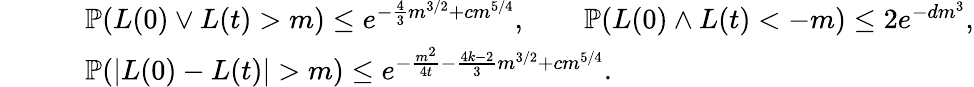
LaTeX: \begin{array}{rl}&{\mathbb{P}(L(0)\vee L(t)>m)\le e^{-\frac{4}{3}m^{3/2}+cm^{5/4}},\qquad\mathbb{P}(L(0)\wedge L(t)<-m)\le 2e^{-dm^{3}},}\\ {\qquad}&{\mathbb{P}(|L(0)-L(t)|>m)\le e^{-\frac{m^{2}}{4t}-\frac{4k-2}{3}m^{3/2}+cm^{5/4}}.}\end{array}